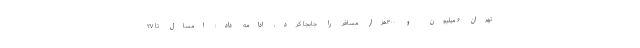
تهران ۶ میلیون و ۳۰۰هزار مسافر را جابجا کرد، ادامه داد: امسال تا ۲۷